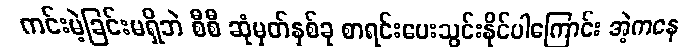
ကင်းမဲ့ခြင်းမရှိဘဲ စီစီ ဆုံမှတ်နှစ်ခု စာရင်းပေးသွင်းနိုင်ပါကြောင်း အဲ့ကနေ